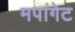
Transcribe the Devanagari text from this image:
मपांगेट